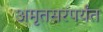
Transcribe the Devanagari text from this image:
अमृतसरपर्यंत